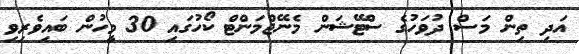
އަދި ތިން މަސް ދުވަހުގެ ސްޓޭޝަން މެނޭޖްމަންޓް ކޯހުގައި 30 މީހުން ބައިވެރިވި